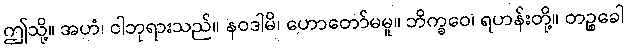
ဤသို့။ အဟံ၊ ငါဘုရားသည်။ နဝဒါမိ၊ ဟောတော်မမူ။ ဘိက္ခဝေ၊ ရဟန်းတို့။ တဉ္စခေါ